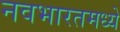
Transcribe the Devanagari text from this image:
नवभारतमध्ये